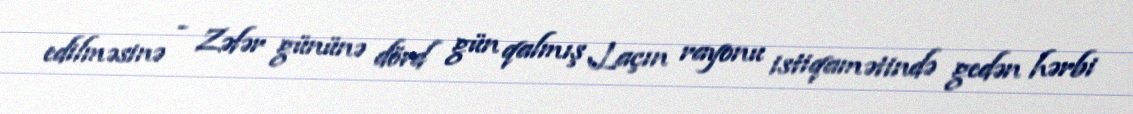
edilməsinə - Zəfər gününə dörd gün qalmış Laçın rayonu istiqamətində gedən hərbi